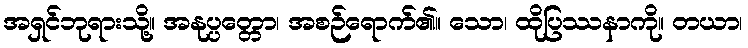
အရှင်ဘုရားသို့။ အနုပ္ပတ္တော၊ အစဉ်ရောက်၏။ သော၊ ထိုပြဿနာကို။ တယာ၊